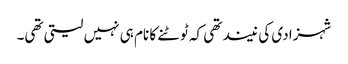
شہزادی کی نیند تھی کہ ٹوٹنے کا نام ہی نہیں لیتی تھی۔